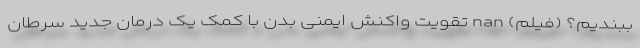
ببندیم؟ (فیلم) nan تقویت واکنش ایمنی بدن با کمک یک درمان جدید سرطان